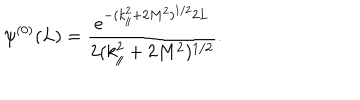
LaTeX: \psi ^ { ( 0 ) } ( L ) = \frac { e ^ { - ( k _ { \| } ^ { 2 } + 2 M ^ { 2 } ) ^ { 1 / 2 } 2 L } } { 2 ( k _ { \| } ^ { 2 } + 2 M ^ { 2 } ) ^ { 1 / 2 } } .